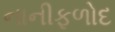
નાનીફળોદ